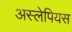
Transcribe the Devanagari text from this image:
अस्लेपियस